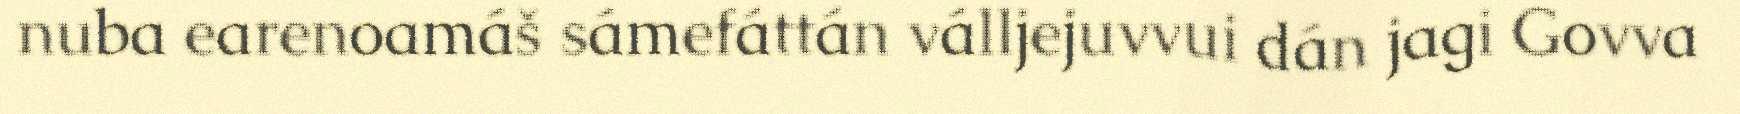
nuba earenoamáš sámefáttán válljejuvvui dán jagi Govva